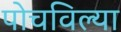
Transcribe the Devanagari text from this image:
पोचविल्या